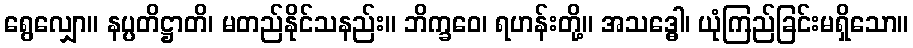
ရွေလျှော။ နပ္ပတိဋ္ဌာတိ၊ မတည်နိုင်သနည်း။ ဘိက္ခဝေ၊ ရဟန်းတို့။ အသဒ္ဓေါ၊ ယုံကြည်ခြင်းမရှိသော။